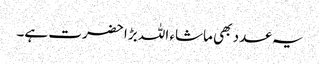
یہ عدد بھی ماشاء اللہ بڑا حضرت ہے۔